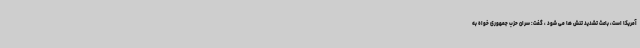
آمریکا است، باعث تشدید تنش ها می شود ، گفت: سران حزب جمهوری خواه به